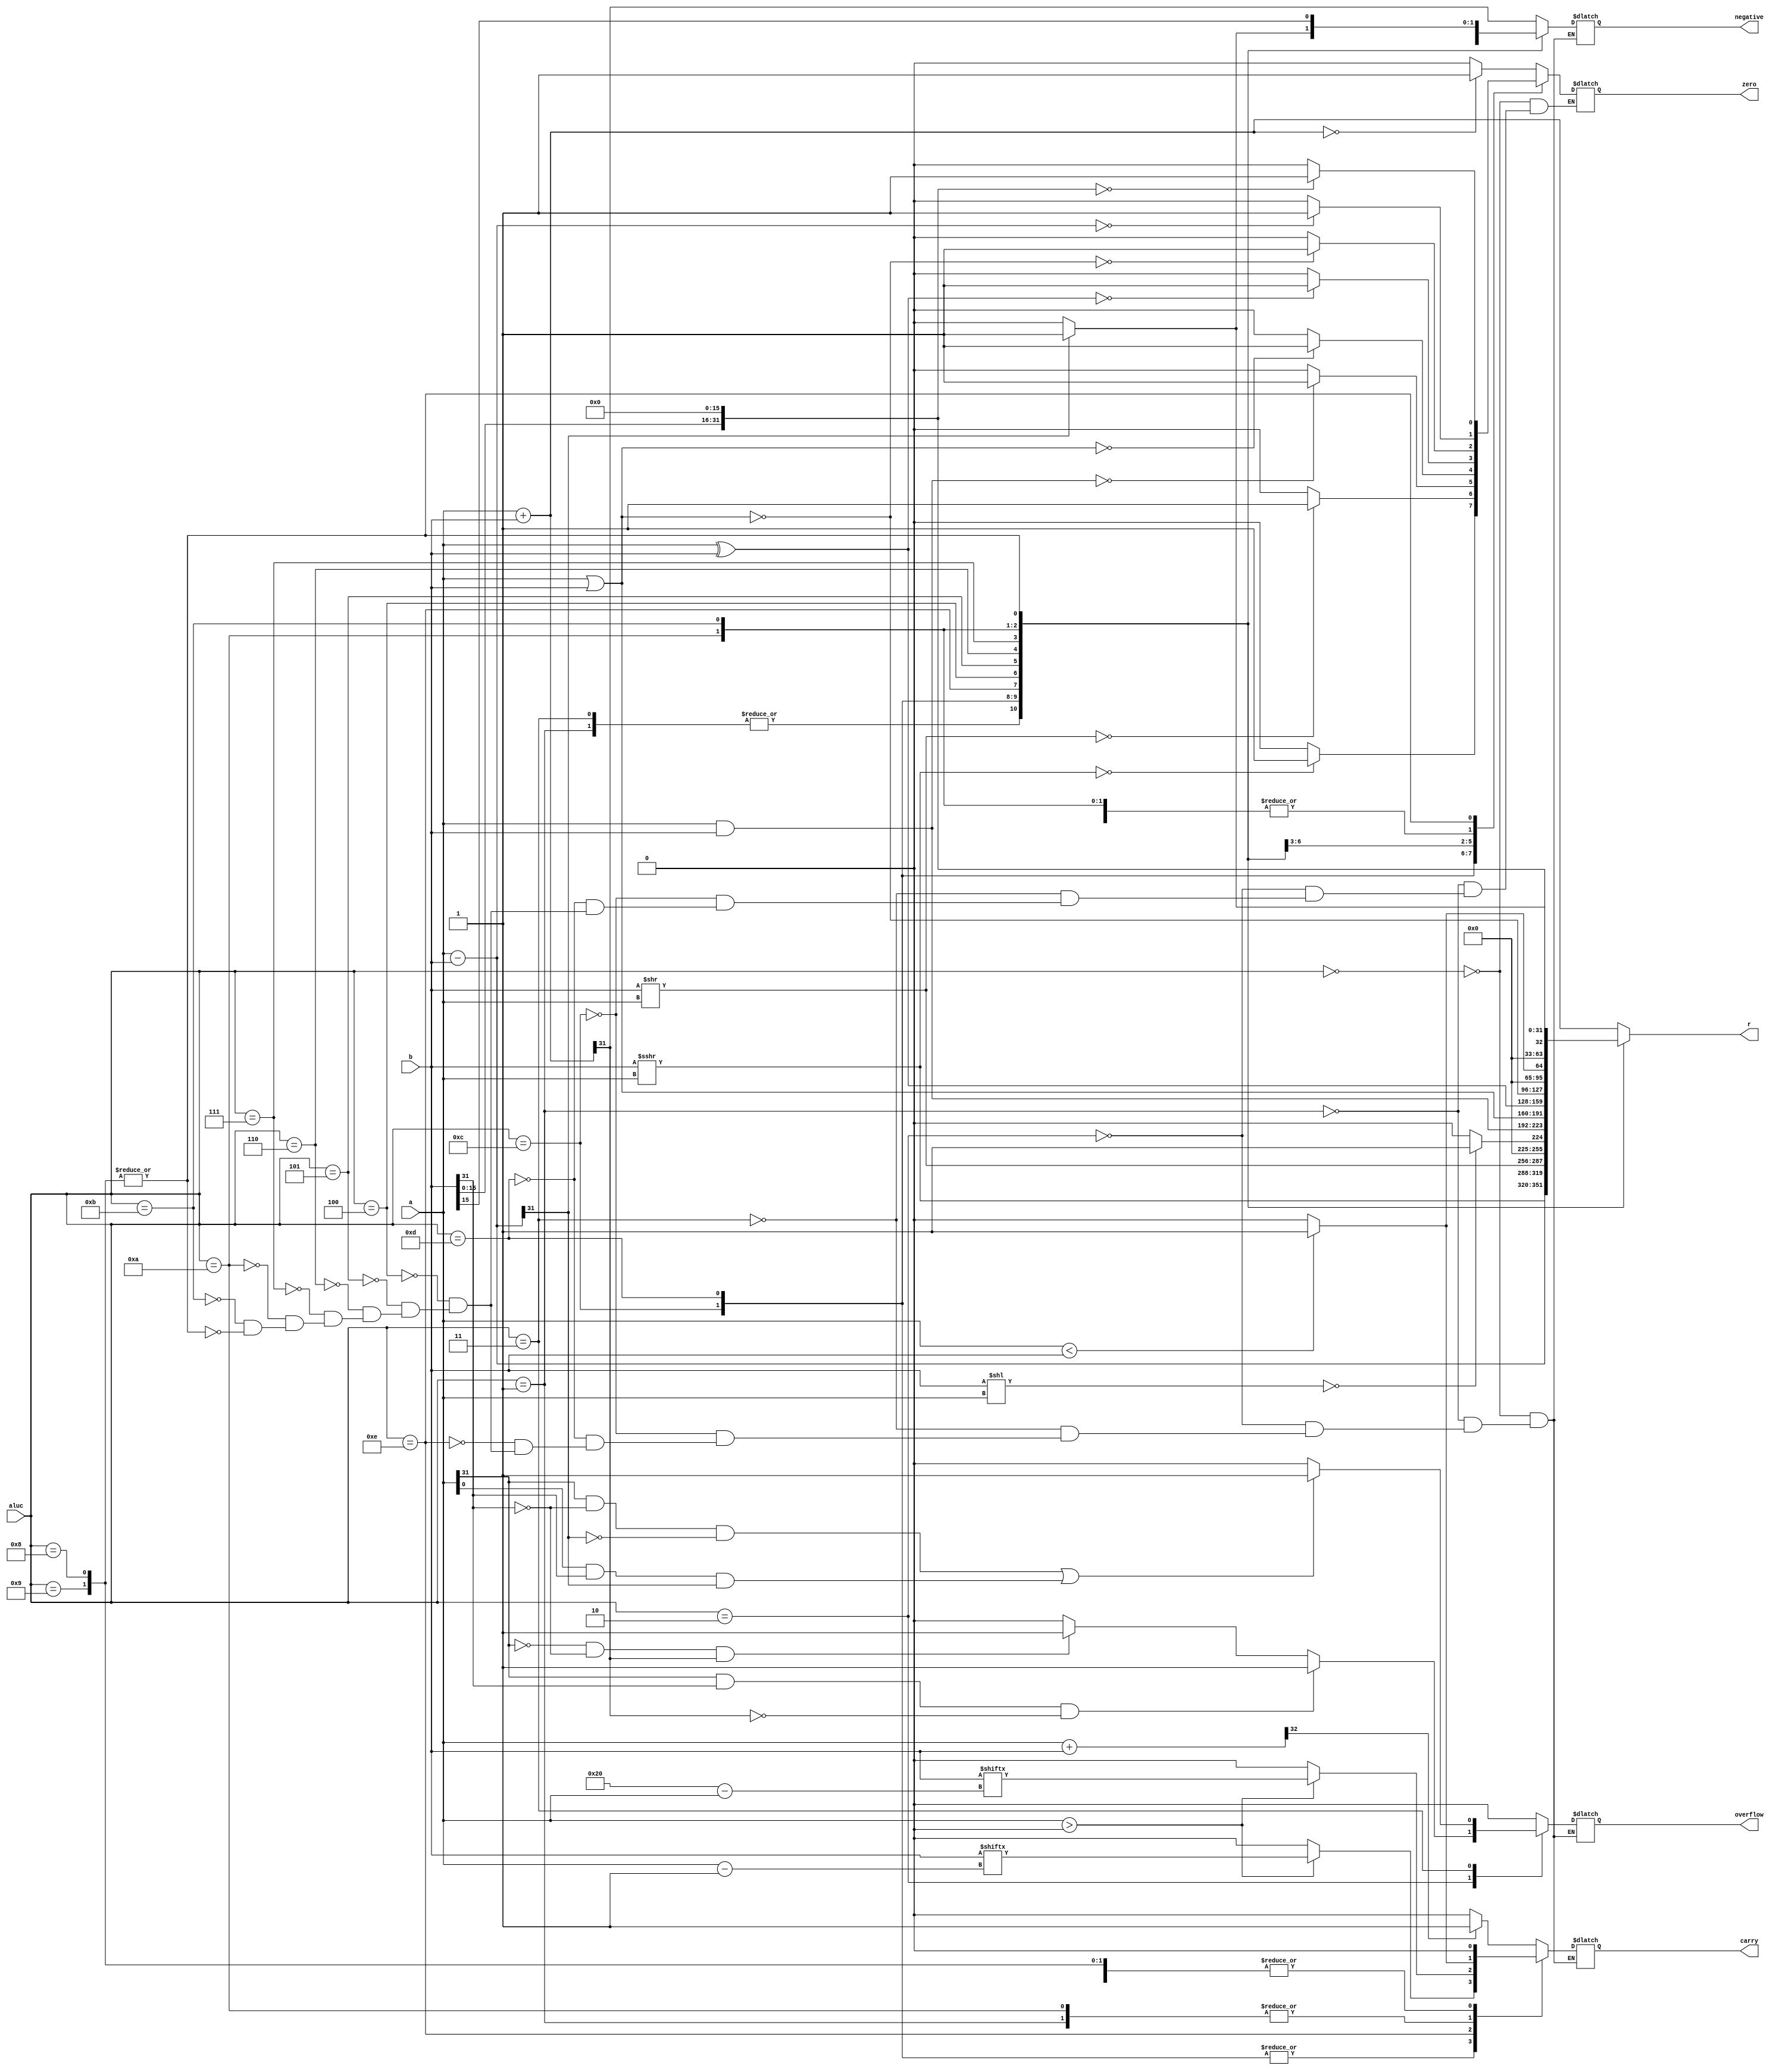
`timescale 1ns / 1ns
//////////////////////////////////////////////////////////////////////////////////
// Company: 
// Engineer: 
// 
// Design Name: 
// Module Name: alu
// Project Name: 
// Target Devices: 
// Tool Versions: 
// Description: 
// 
// Dependencies: 
// 
// Revision:
// Revision 0.01 - File Created
// Additional Comments:
// 
//////////////////////////////////////////////////////////////////////////////////


module alu(
    input [31:0] a,//321
    input [31:0] b,//322
    input [3:0] aluc,//4aluc
    output reg[31:0] r,//32a\baluc
    output reg zero,//0
    output reg carry,//
    output reg negative,//
    output reg overflow//
    );
   parameter ADDU=4'b0000;
        parameter ADD=4'b0010;
        parameter SUBU=4'b0001;
        parameter SUB=4'b0011;
        parameter AND=4'b0100;
        parameter OR=4'b0101;
        parameter XOR=4'b0110;
        parameter NOR=4'b0111;
        parameter LUI1=4'b1000;
        parameter LUI2=4'b1001;
        parameter SLT=4'b1011;
        parameter SLTU=4'b1010;
        parameter SRA=4'b1100;
        parameter SLL=4'b1110;
        parameter SLR=4'b1111;
        parameter SRL=4'b1101;
        
         reg [32:0] mm;
         reg[31:0] cc;
           
           always@(*)begin
               case(aluc)
                   ADDU: begin
                       r=a+b;
                       mm=a+b;
                       if(!r)
                       zero=1;
                       else
                       zero=0;
                       if(mm[32]==1)
                       carry=1;
                       else 
                       carry=0;
                       negative=r[31];
                       overflow=0;
                   end
                   SUBU: begin
                       r=a-b;
                       if(!r)
                       zero=1;
                       else
                       zero=0;
                       if(a<b)
                       carry=1;
                       else
                       carry=0;
                       negative=r[31];
                       overflow=0;
                   end
                   ADD: begin
                      r=a+b;
                      if(!r)
                      zero=1;
                      else
                      zero=0;
                      carry=0;
                      negative=r[31];
                      if(a[31]==1&&b[31]==1&&r[31]==0)
                      overflow=1;
                      else if(a[31]==0&&b[31]==0&&r[31]==1)
                      overflow=1;
                      else
                      overflow=0;
                   end
                   SUB: begin
                       r=a-b;
                       if(!r)
                       zero=1;
                       else
                       zero=0;
                       carry=0;
                       negative=r[31];
                       if((a[31]==1&&b[31]==0&&r[31]==0)||(a[31==0]&&b[31]==1&&r[31]==1))
                       overflow=1;
                       else
                       overflow=0;
                   end
                   SRA: begin
                       if(a>0)
                       carry=b[a-1];
                       else
                       carry=0;
                       r=b>>>a;
                       if(!r)
                       zero=1;
                       else
                       zero=0;
                       negative=r[31];
                       overflow=0;
                   end
                   SRL: begin
                      if(a>0)
                      carry=b[a-1];
                      else
                      carry=0;
                      r=b>>a;
                      if(!r)
                      zero=1;
                      else
                      zero=0;
                      negative=r[31];
                      overflow=0;
                   end
                   SLL: begin
                       r=b<<a;
                       if(!r)
                       r=1;
                       else
                       r=0;
                       negative=r[31];
                       overflow=0;
                       if(a>0)
                       carry=b[32-a];
                       else
                       carry=0;
                   end
                   AND: begin
                       r=a&b;
                       if(!r)
                       zero=1;
                       else
                       zero=0;
                       carry=0;
                       negative=r[31];
                       overflow=0;
                   end
                   OR: begin
                       r=a|b;
                       if(!r)
                       zero=1;
                       else
                       zero=0;
                       carry=0;
                       negative=r[31];
                       overflow=0;
                   end
                   XOR: begin
                       r=a^b;
                       if(!r)
                       zero=1;
                       else
                       zero=0;
                       carry=0;
                       negative=r[31];
                       overflow=0;
                   end
                   NOR: begin
                       r=~(a|b);
                       if(!r)
                       zero=1;
                       else
                       zero=0;
                       carry=0;
                       negative=r[31];
                       overflow=0;
                   end
                   SLTU: begin
                       r=a<b?1:0;
                       if((a-b)==0)
                       zero=1;
                       else
                       zero=0;
                       if(a<b)
                       carry=1;
                       else
                       carry=0;
                       negative=r[31];
                       overflow=0;
                   end
                   SLT: begin
                      cc=a-b;
                      if(cc[31]==1)
                      r=1;
                      else
                      r=0;
                      if((a-b)==0)
                      zero=1;
                      else
                      zero=0;
                      carry=0;
                      if(cc[31]==1)
                      negative=1;
                      else
                      negative=0;
                      overflow=0;
                   end
                   LUI1,LUI2: begin
                   r={b[15:0],16'b0};
                   if(!r)
                   zero=1;
                   else
                   zero=0;
                   carry=0;
                   negative=r[31];
                   overflow=0;
                   end
                   default:
                       r=a+b;
               endcase
           end
endmodule